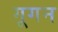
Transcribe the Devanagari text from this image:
गूगन